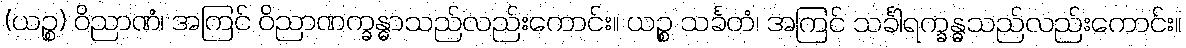
(ယဉ္စ) ဝိညာဏံ၊ အကြင် ဝိညာဏက္ခန္ဓာသည်လည်းကောင်း။ ယဉ္စ သင်္ခတံ၊ အကြင် သင်္ခါရက္ခန္ဓသည်လည်းကောင်း။